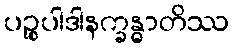
ပဉ္စုပါဒါနက္ခန္ဓာတိဿ